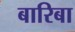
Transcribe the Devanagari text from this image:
बारिबा